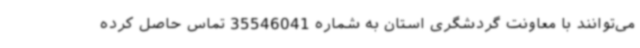
می‌توانند با معاونت گردشگری استان به شماره 35546041 تماس حاصل کرده